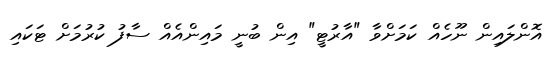
އޮންލައިން ނޫހެއް ކަމަށްވާ "އާރުޓީ" އިން ބުނީ މައިންއެއް ސާފު ކުރުމަށް ޓަކައި